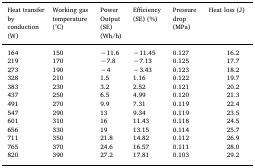
| Heat transfer by conduction (W) | Working gas temperature (°C) | Power Output (SE) (Wh/h) | Efficiency (SE) (%) | Pressure drop (MPa) | <COLSPAN=2> Heat loss (J) |
 | --- | --- | --- | --- | --- | --- | --- |
 | 164 | 150 | −11.6 | −11.45 | <COLSPAN=2> 0.127 | 16.2 |
 | 219 | 170 | −7.8 | −7.13 | <COLSPAN=2> 0.125 | 17.7 |
 | 273 | 190 | −4 | −3.43 | <COLSPAN=2> 0.123 | 18.2 |
 | 328 | 210 | 1.5 | 1.16 | <COLSPAN=2> 0.122 | 19.7 |
 | 383 | 230 | 3.2 | 2.52 | <COLSPAN=2> 0.121 | 20.2 |
 | 437 | 250 | 6.5 | 4.99 | <COLSPAN=2> 0.120 | 21.3 |
 | 491 | 270 | 9.9 | 7.31 | <COLSPAN=2> 0.119 | 22.4 |
 | 547 | 290 | 13 | 9.34 | <COLSPAN=2> 0.119 | 23.5 |
 | 601 | 310 | 16 | 11.43 | <COLSPAN=2> 0.118 | 24.5 |
 | 656 | 330 | 19 | 13.15 | <COLSPAN=2> 0.114 | 25.7 |
 | 711 | 350 | 21.8 | 14.82 | <COLSPAN=2> 0.112 | 26.9 |
 | 765 | 370 | 24.6 | 16.57 | <COLSPAN=2> 0.111 | 28.0 |
 | 820 | 390 | 27.2 | 17.81 | <COLSPAN=2> 0.103 | 29.2 |